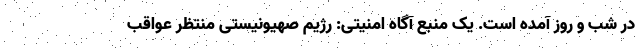
در شب و روز آمده است. یک منبع آگاه امنیتی: رژیم صهیونیستی منتظر عواقب